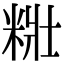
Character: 䊋